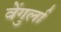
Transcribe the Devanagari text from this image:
वेेंगुर्ला